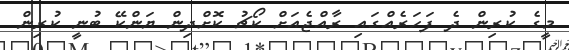
މީގެ ކުރިން ދެ ފަހަރެއްގައި ރާއްޖެއަށް ކޯޗު ކޮށްދިން ޔަންކޭ ބުނީ ކުރިން